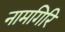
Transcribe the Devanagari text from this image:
नामगिरि